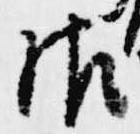
御